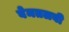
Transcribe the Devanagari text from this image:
बेमतलबी